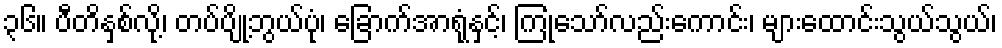
၃၆။ ပီတိနှစ်လို့၊ တပ်ပျို့ဘွယ်ပုံ၊ ခြောက်အာရုံနှင့်၊ ကြုံသော်လည်းကောင်း၊ များထောင်းသွယ်သွယ်၊